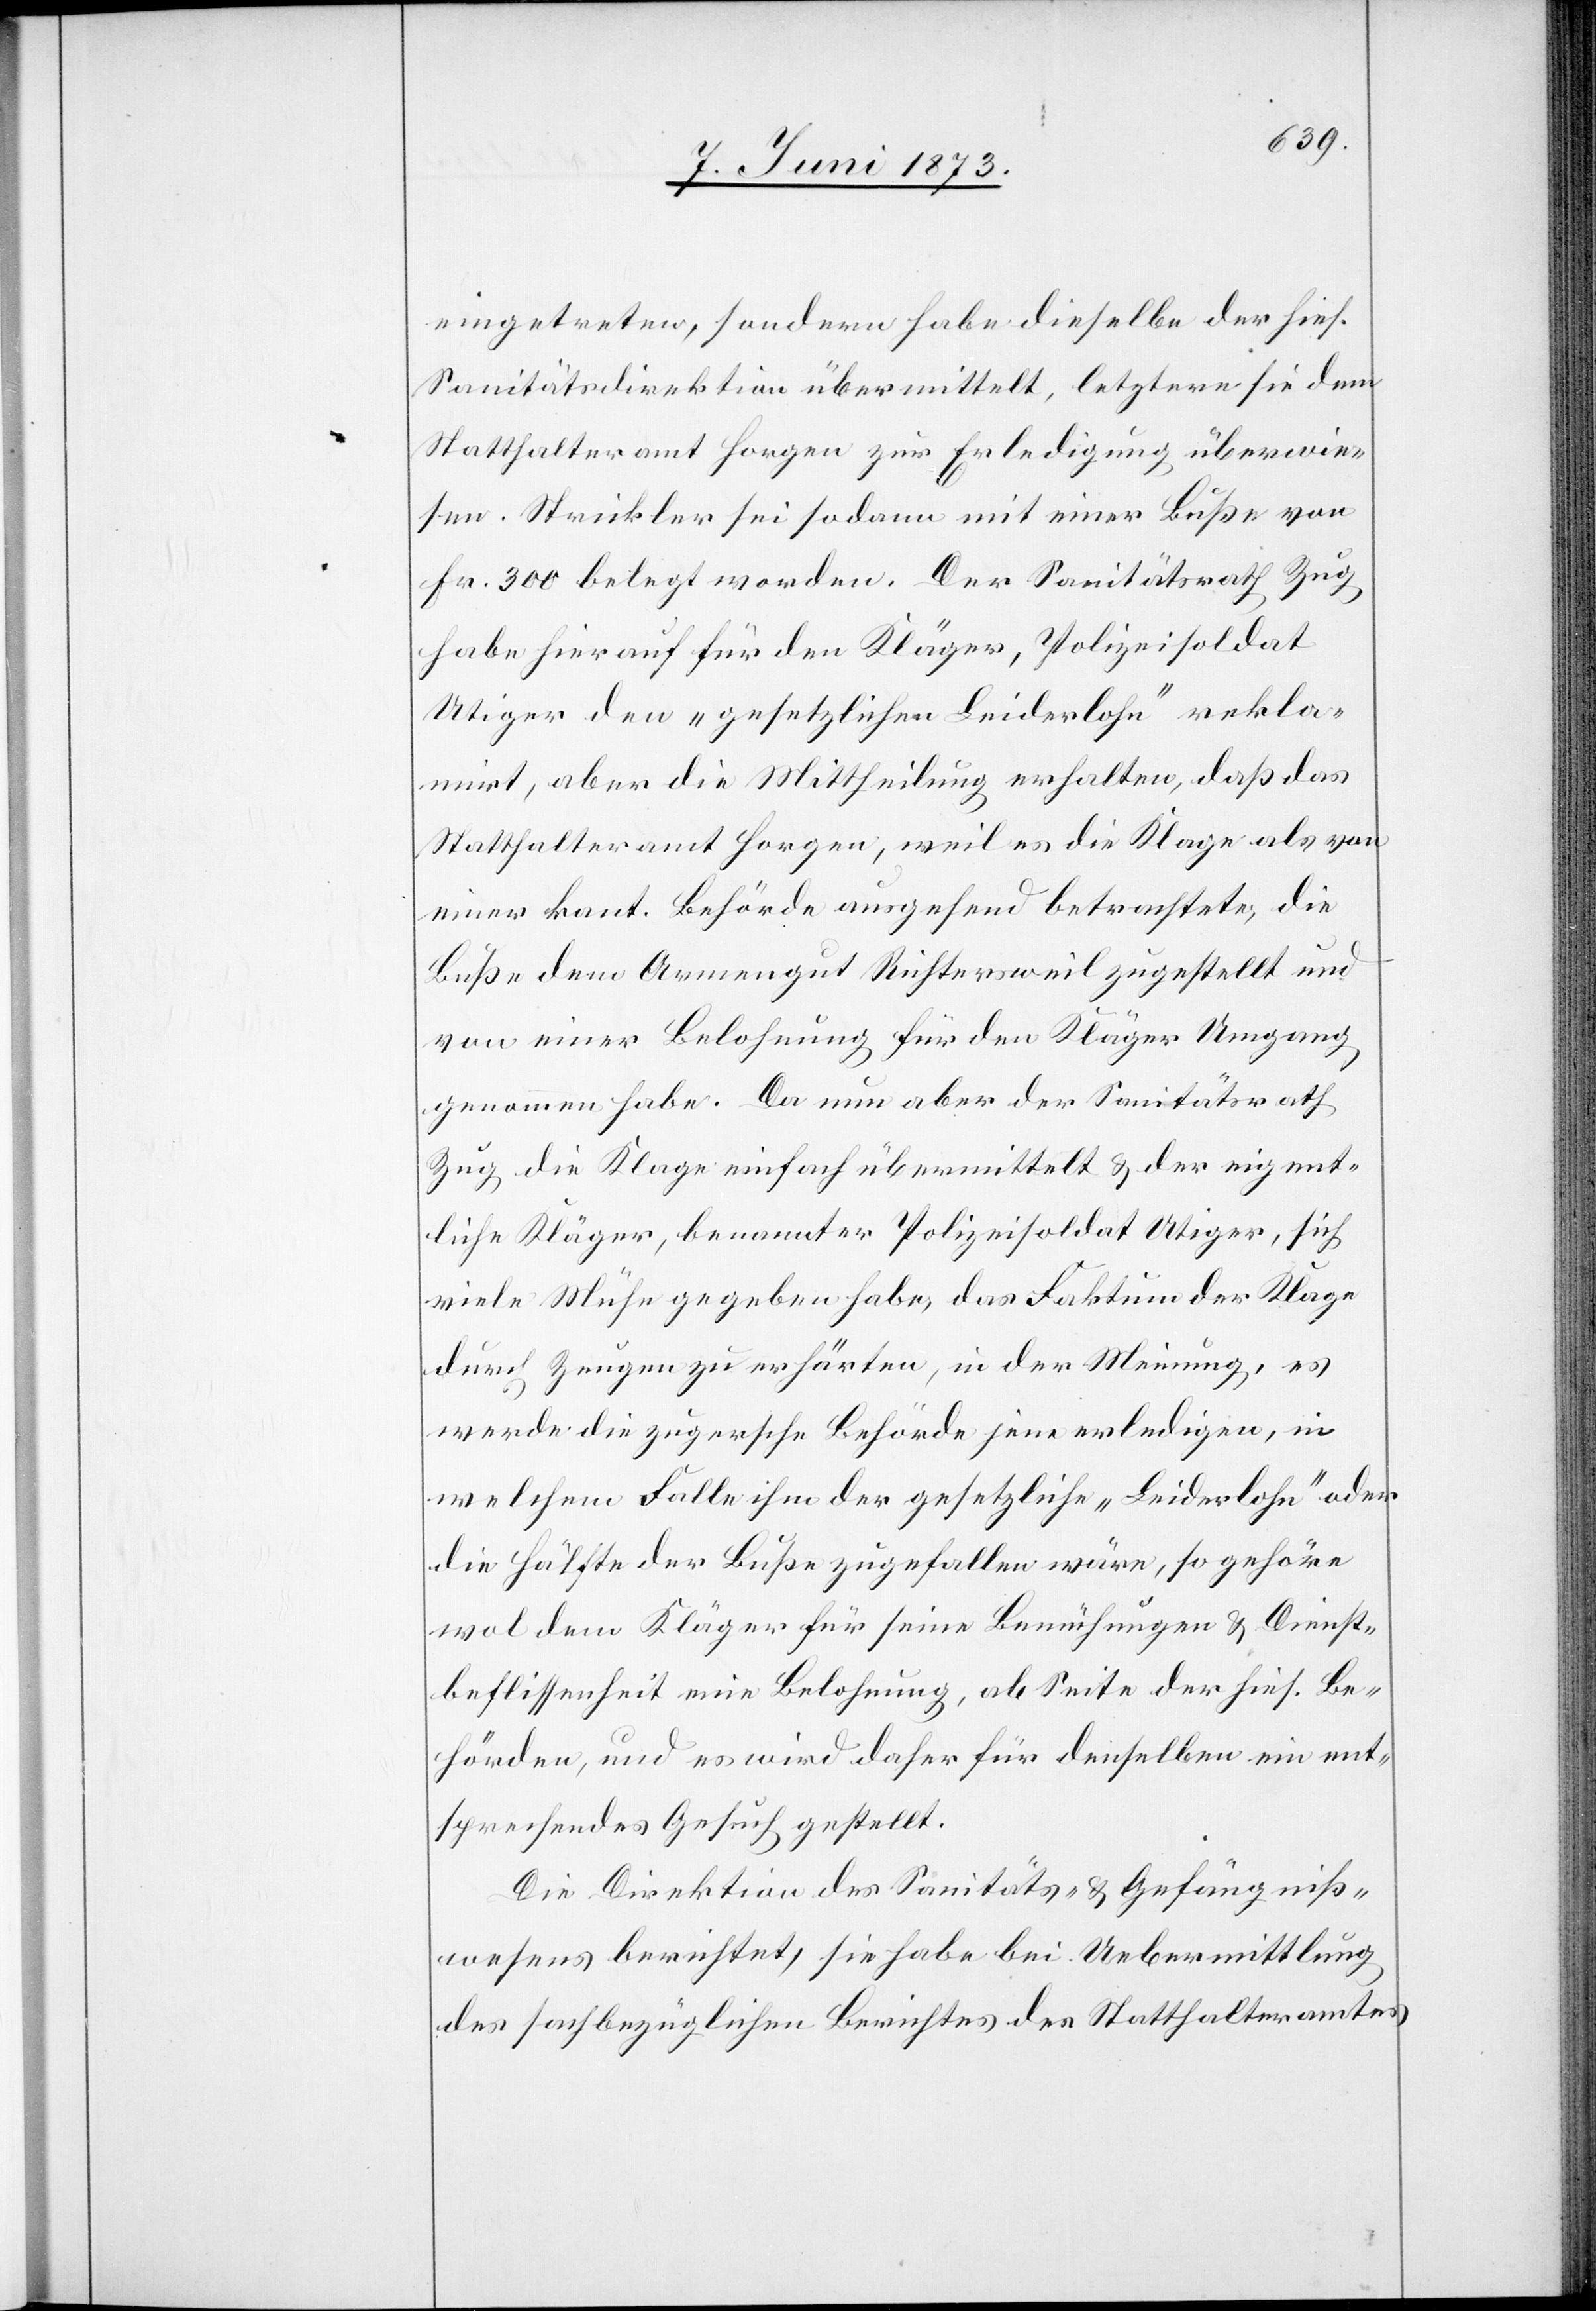
eingetreten, sondern habe dieselbe der hies.
Sanitätsdirektion übermittelt, letztere sie dem
Statthalteramt Horgen zur Erledigung überwie¬
sen. Strickler sei sodann mit einer Buße von
Fr. 300 belegt worden. Der Sanitätsrath Zug
habe hierauf für den Kläger, Polizeisoldat
Utiger den „gesetzlichen Leiderlohn“ rekla¬
mirt, aber die Mittheilung erhalten, daß das
Statthalteramt Horgen, weil es die Klage als von
einer kant. Behörde ausgehend betrachtete, die
Buße dem Armengut Richtersweil zugestellt und
von einer Belohnung für den Kläger Umgang
genommen habe. Da nun aber der Sanitätsrath
Zug die Klage einfach übermittelt & der eigent¬
liche Kläger, benannter Polizeisoldat Utiger, sich
viele Mühe gegeben habe, das Faktum der Klage
durch Zeugen zu erhärten, in der Meinung, es
werde die zugersche Behörde jene erledigen, in
welchem Falle ihm der gesetzliche „Leiderlohn“ oder
die Hälfte der Buße zugefallen wäre, so gehöre
wol dem Kläger für seine Bemühungen & Dienst¬
beflissenheit eine Belohnung, ab Seite der hies. Be¬
hörden, und es wird daher für denselben ein ent¬
sprechendes Gesuch gestellt.
Die Direktion des Sanitäts- & Gefängniß¬
wesens berichtet, sie habe bei Uebermittlung
des sachbezüglichen Berichtes des Statthalteramtes